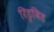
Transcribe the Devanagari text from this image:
रिडुविड